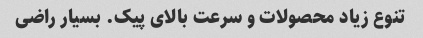
تنوع زیاد محصولات و سرعت بالای پیک. بسیار راضی